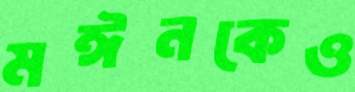
মঈনকেও